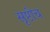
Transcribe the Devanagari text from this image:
सृष्टीच